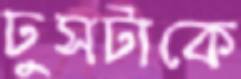
ঢুসটাকে